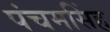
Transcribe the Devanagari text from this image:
पंचमसिंह